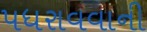
પધરાવવાની